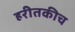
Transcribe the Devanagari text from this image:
हरीतकीच